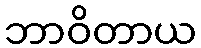
ဘာဝိတာယ